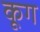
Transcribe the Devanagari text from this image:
कूग